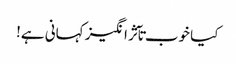
کیا خوب تآثر انگیز کہانی ہے!